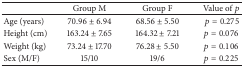
|  | Group M | Group F | Value of p |
 | --- | --- | --- | --- |
 | Age (years) | 70.96 ± 6.94 | 68.56 ± 5.50 | p = 0.275 |
 | Height (cm) | 163.24 ± 7.65 | 164.32 ± 7.21 | p = 0.076 |
 | Weight (kg) | 73.24 ± 17.70 | 76.28 ± 5.50 | p = 0.106 |
 | Sex (M/F) | 15/10 | 19/6 | p = 0.225 |